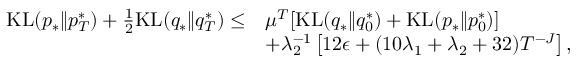
\begin{array} { r l } { \mathrm { K L } ( p _ { * } \| p _ { T } ^ { * } ) + \frac { 1 } { 2 } \mathrm { K L } ( q _ { * } \| q _ { T } ^ { * } ) \leq } & { \mu ^ { T } [ \mathrm { K L } ( q _ { * } \| q _ { 0 } ^ { * } ) + \mathrm { K L } ( p _ { * } \| p _ { 0 } ^ { * } ) ] } \\ & { + \lambda _ { 2 } ^ { - 1 } \left[ 1 2 \epsilon + ( 1 0 \lambda _ { 1 } + \lambda _ { 2 } + 3 2 ) T ^ { - J } \right] , } \end{array}